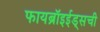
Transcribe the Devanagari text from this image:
फायब्रॉइईड्‌सची